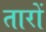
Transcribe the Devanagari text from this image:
तारों